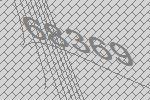
68369